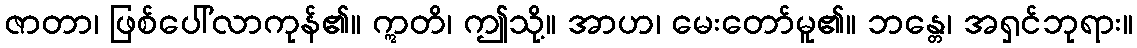
ဇာတာ၊ ဖြစ်ပေါ်လာကုန်၏။ ဣတိ၊ ဤသို့။ အာဟ၊ မေးတော်မူ၏။ ဘန္တေ၊ အရှင်ဘုရား။